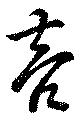
亮